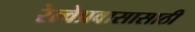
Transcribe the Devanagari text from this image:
रेल्वेप्रवासासाठी